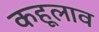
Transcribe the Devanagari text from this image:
कहूलाव